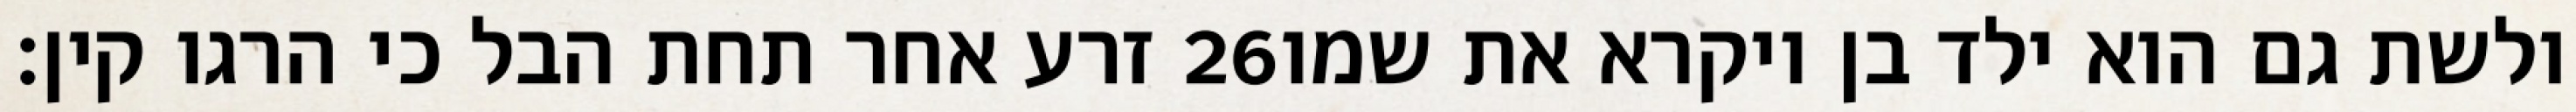
זרע אחר תחת הבל כי הרגו קין׃ ‎26‏ ולשת גם הוא ילד בן ויקרא את שמו